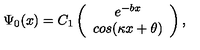
\Psi _ { 0 } ( x ) = C _ { 1 } \left( \begin{array} { c } { e ^ { - b x } } \\ { c o s ( \kappa x + \theta ) } \\ \end{array} \right) ,